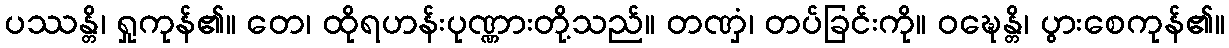
ပဿန္တိ၊ ရှုကုန်၏။ တေ၊ ထိုရဟန်းပုဏ္ဏားတို့သည်။ တဏှံ၊ တပ်ခြင်းကို။ ဝဍ္ဎေန္တိ၊ ပွားစေကုန်၏။